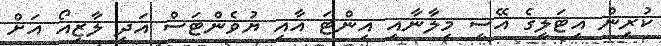
ކުރިން އިޓަލީގެ އޭސީ މިލާނާއި އިންޓަ އާއި ޔުވެންޓަސް އަދި ލާޒިއޯ އަށް